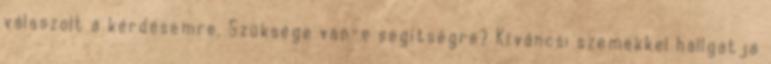
válaszolt a kérdésemre. Szüksége van-e segítségre? Kíváncsi szemekkel hallgatja